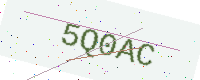
Text: 5Q0AC